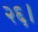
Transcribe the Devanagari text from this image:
२६।